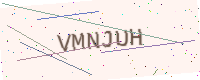
Text: VMNJUH